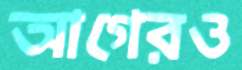
আগেরও